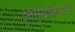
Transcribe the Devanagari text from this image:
इनसाइक्लियॉस